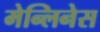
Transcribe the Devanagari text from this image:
मेन्लिनेस